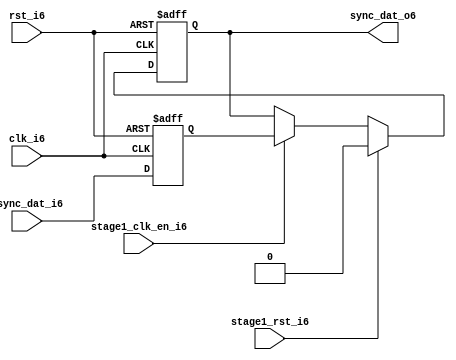
module uart_sync_flops6
(
  // internal signals6
  rst_i6,
  clk_i6,
  stage1_rst_i6,
  stage1_clk_en_i6,
  async_dat_i6,
  sync_dat_o6
);

parameter Tp6            = 1;
parameter width         = 1;
parameter init_value6    = 1'b0;

input                           rst_i6;                  // reset input
input                           clk_i6;                  // clock6 input
input                           stage1_rst_i6;           // synchronous6 reset for stage6 1 FF6
input                           stage1_clk_en_i6;        // synchronous6 clock6 enable for stage6 1 FF6
input   [width-1:0]             async_dat_i6;            // asynchronous6 data input
output  [width-1:0]             sync_dat_o6;             // synchronous6 data output


//
// Interal6 signal6 declarations6
//

reg     [width-1:0]             sync_dat_o6;
reg     [width-1:0]             flop_06;


// first stage6
always @ (posedge clk_i6 or posedge rst_i6)
begin
    if (rst_i6)
        flop_06 <= #Tp6 {width{init_value6}};
    else
        flop_06 <= #Tp6 async_dat_i6;    
end

// second stage6
always @ (posedge clk_i6 or posedge rst_i6)
begin
    if (rst_i6)
        sync_dat_o6 <= #Tp6 {width{init_value6}};
    else if (stage1_rst_i6)
        sync_dat_o6 <= #Tp6 {width{init_value6}};
    else if (stage1_clk_en_i6)
        sync_dat_o6 <= #Tp6 flop_06;       
end

endmodule